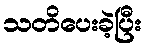
သတိပေးခဲ့ပြီး